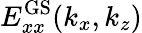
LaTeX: E_{xx}^{\mathrm{GS}}(k_{x},k_{z})